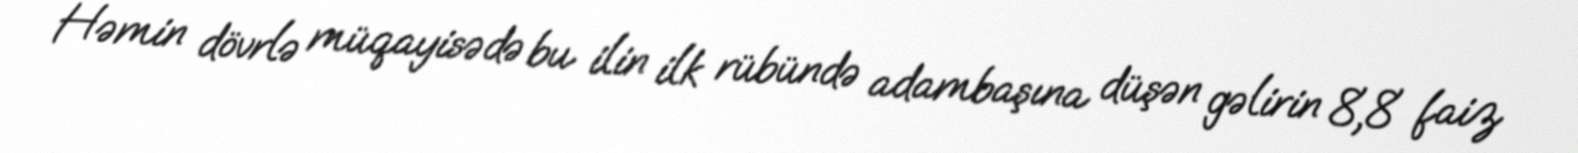
Həmin dövrlə müqayisədə bu ilin ilk rübündə adambaşına düşən gəlirin 8,8 faiz